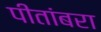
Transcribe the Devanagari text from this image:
पीतांबरा